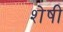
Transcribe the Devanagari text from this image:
शेषी